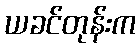
ယခင်တုန်းက